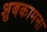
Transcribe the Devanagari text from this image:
शुबकामना